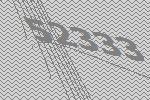
52333